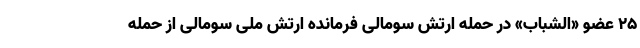
۲۵ عضو «الشباب» در حمله ارتش سومالی فرمانده ارتش ملی سومالی از حمله